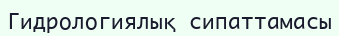
Гидрологиялық сипаттамасы